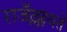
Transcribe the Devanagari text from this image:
राजँल्लक्ष्यते